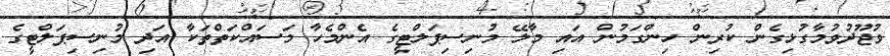
ވުޖޫދުވުމާގުޅިގެން ކުރިން ހިންގަމުން އައި މާލޭ މުނިސިޕަލްޓީގެ އެންމެހާ މަސައްކަތްތަކާ އަދި މުނިސިޕަލްޓީގެ